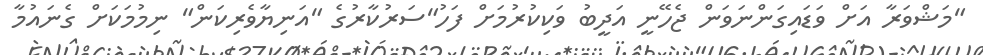
"މަޝްވަރާ އަށް ވަޑައިގަންނަވަން ޖެހޭނީ އަދީބު ވަކިކުރުމަށް ފަހު"ސަރުކާރުގެ "އަނިޔާވެރިކަން" ނިމުމަކަށް ގެނައުމާ